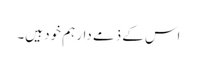
اس کے ذمے دار ہم خود ہیں۔